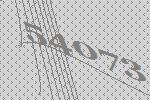
54073